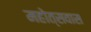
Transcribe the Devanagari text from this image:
महोत्सवास